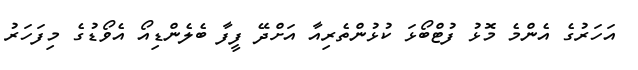
އަހަރުގެ އެންމެ މޮޅު ފުޓްބޯޅަ ކުޅުންތެރިއާ އަށްދޭ ފީފާ ބެެލެންޑިއޯ އެވޯޑުގެ މިފަހަރު